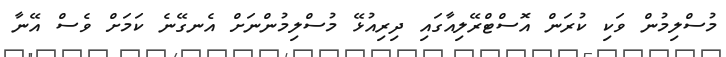
މުސްލިމުން ވަކި ކުރަން އޮސްޓްރޭލިއާގައި ދިރިއުޅޭ މުސްލިމުންނަށް އެނގޭނެ ކަމަށް ވެސް އޭނާ